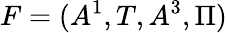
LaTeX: F=(A^{1},T,A^{3},\Pi)